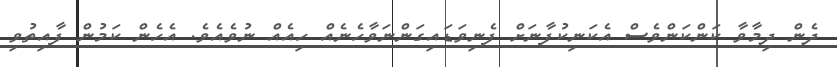
ދެން ދިމާވާ ކަންކަންވެސް އެކަނިކުފާނަށް ފެނިވަޑައިގަންނަވާހެނެއް ހިއެއް ނުވެއެވެ. އެހެން ކަމުން ފާއިތުވި